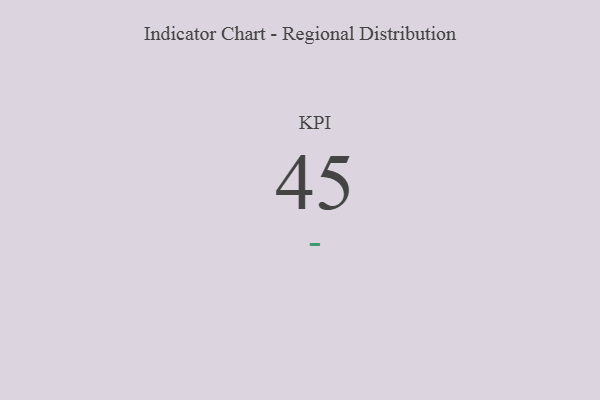
{"axis": {"x": "KPI", "y": "Value"}, "legend": [""], "data": [{"x": "KPI", "y": 45, "type": ""}]}